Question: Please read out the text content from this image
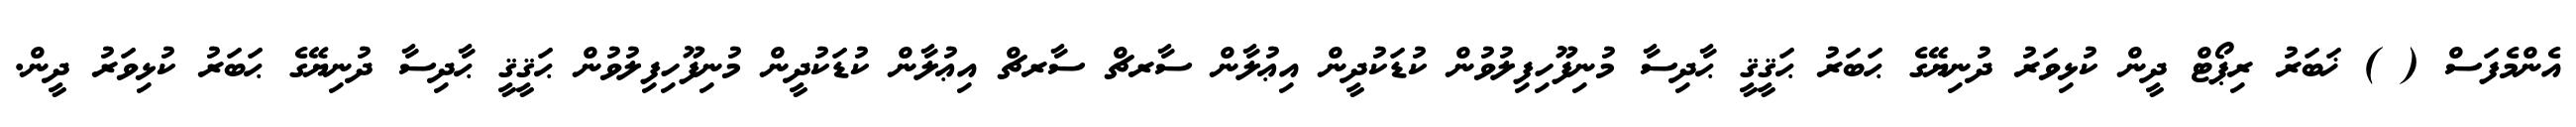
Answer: އެންމެފަސް ( ) ޚަބަރު ރިޕޯޓް ދީން ކުޅިވަރު ދުނިޔޭގެ ޙަބަރު ޙަޤީޤީ ޙާދިސާ މުނިފޫހިފިލުވުން ކުޑަކުދީން އިޢުލާން ސާރޗް ސާރޗް އިޢުލާން ކުޑަކުދީން މުނިފޫހިފިލުވުން ޙަޤީޤީ ޙާދިސާ ދުނިޔޭގެ ޙަބަރު ކުޅިވަރު ދީން.